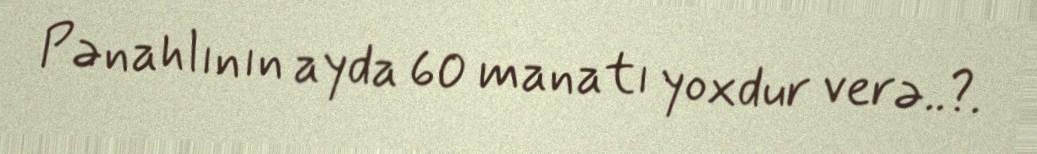
Pənahlının ayda 60 manatı yoxdur verə..?.